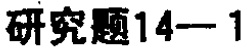
研究题14—1